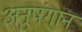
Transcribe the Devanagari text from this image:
अनुषंगानं